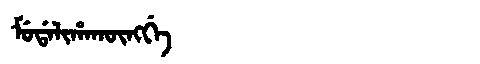
Manchu: ᠮᡠᡩᠠᠯᡳᡥᠠᡴᡡᠩᡤᡝ
Romanization: MUDALIHAKŪNGGE